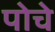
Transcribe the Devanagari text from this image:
पोचे